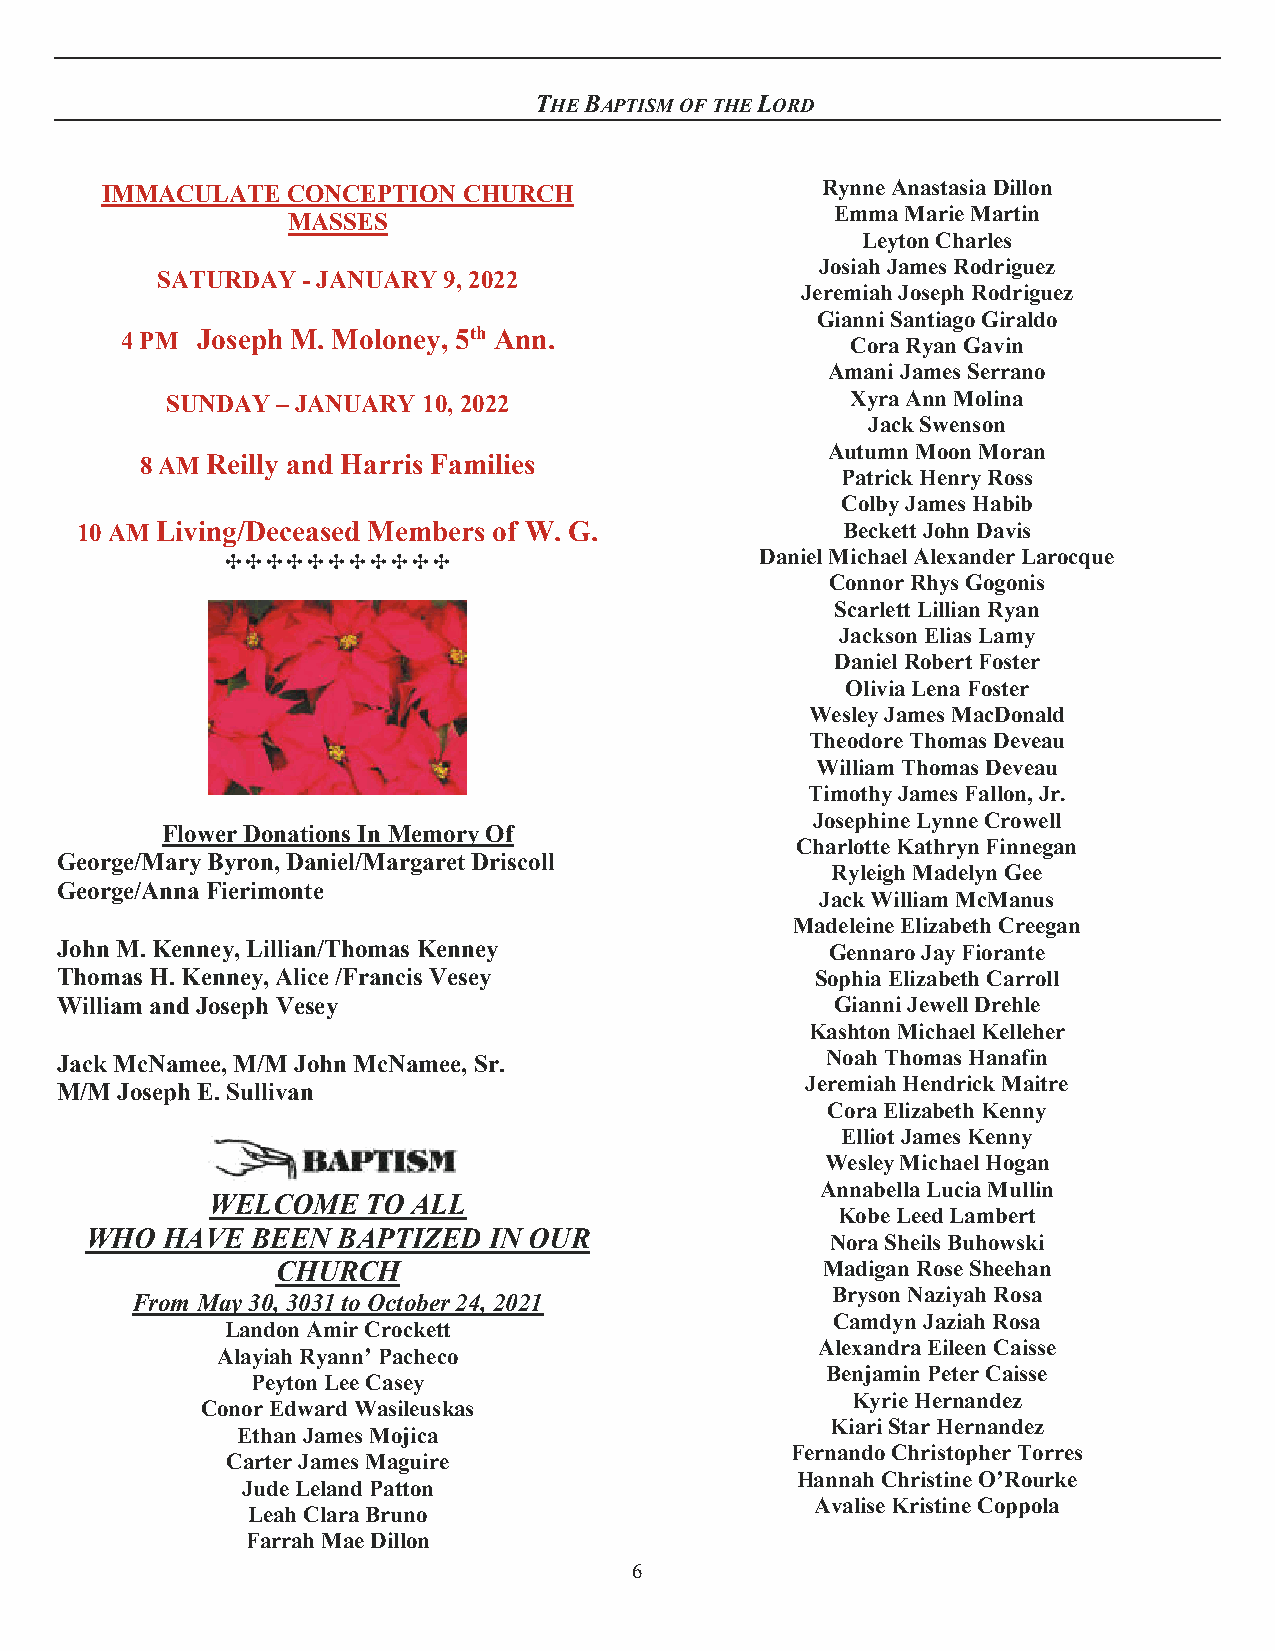
THE BAPTISM OF THE LORD
 IMMACULATE  CONCEPTION  CHURCH                 Rynne Anastasia Dillon
 Emma Marie Martin
 MASSES
 Leyton Charles
 Josiah James Rodriguez
 SATURDAY  - JANUARY 9, 2022
 Jeremiah Joseph Rodriguez
 Gianni Santiago Giraldo
 4 PM Joseph M. Moloney, 5th Ann.                Cora Ryan Gavin
 Amani James Serrano
 SUNDAY – JANUARY 10, 2022                    Xyra Ann Molina
 Jack Swenson
 Autumn Moon Moran
 8 AM Reilly and Harris Families
 Patrick Henry Ross
 Colby James Habib
 10 AM Living/Deceased Members of W. G.             Beckett John Davis
 ✣✣✣✣✣✣✣✣✣✣✣                        Daniel Michael Alexander Larocque
 Connor Rhys Gogonis
 Scarlett Lillian Ryan
 Jackson Elias Lamy
 Daniel Robert Foster
 Olivia Lena Foster
 Wesley James MacDonald
 Theodore Thomas Deveau
 William Thomas Deveau
 Timothy James Fallon, Jr.
 Josephine Lynne Crowell
 Flower Donations In Memory Of
 Charlotte Kathryn Finnegan
 George/Mary Byron, Daniel/Margaret Driscoll
 Ryleigh Madelyn Gee
 George/Anna Fierimonte
 Jack William McManus
 Madeleine Elizabeth Creegan
 John M. Kenney, Lillian/Thomas Kenney              Gennaro Jay Fiorante
 Thomas H. Kenney, Alice /Francis Vesey            Sophia Elizabeth Carroll
 William and Joseph Vesey                           Gianni Jewell Drehle
 Kashton Michael Kelleher
 Jack McNamee, M/M John McNamee, Sr.                Noah Thomas Hanafin
 Jeremiah Hendrick Maitre
 M/M Joseph E. Sullivan
 Cora Elizabeth Kenny
 Elliot James Kenny
 Wesley Michael Hogan
 Annabella Lucia Mullin
 WELCOME   TO ALL
 Kobe Leed Lambert
 WHO  HAVE  BEEN BAPTIZED  IN OUR
 Nora Sheils Buhowski
 CHURCH                              Madigan Rose Sheehan
 Bryson Naziyah Rosa
 From May 30, 3031 to October 24, 2021
 Camdyn Jaziah Rosa
 Landon Amir Crockett
 Alexandra Eileen Caisse
 Alayiah Ryann’ Pacheco
 Benjamin Peter Caisse
 Peyton Lee Casey
 Kyrie Hernandez
 Conor Edward Wasileuskas
 Kiari Star Hernandez
 Ethan James Mojica
 Fernando Christopher Torres
 Carter James Maguire
 Hannah Christine O’Rourke
 Jude Leland Patton
 Avalise Kristine Coppola
 Leah Clara Bruno
 Farrah Mae Dillon
 6